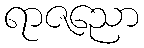
ရာဇညော